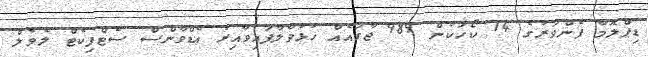
ޑިޕްލޮމާ ފެންވަރުގެ 14 ކޯހަކުން 989 ޖާގައެއް ހުޅުވާލާފައިވާއިރު އެޑްވާންސް ސެޓްފިކެޓް ލެވެލް